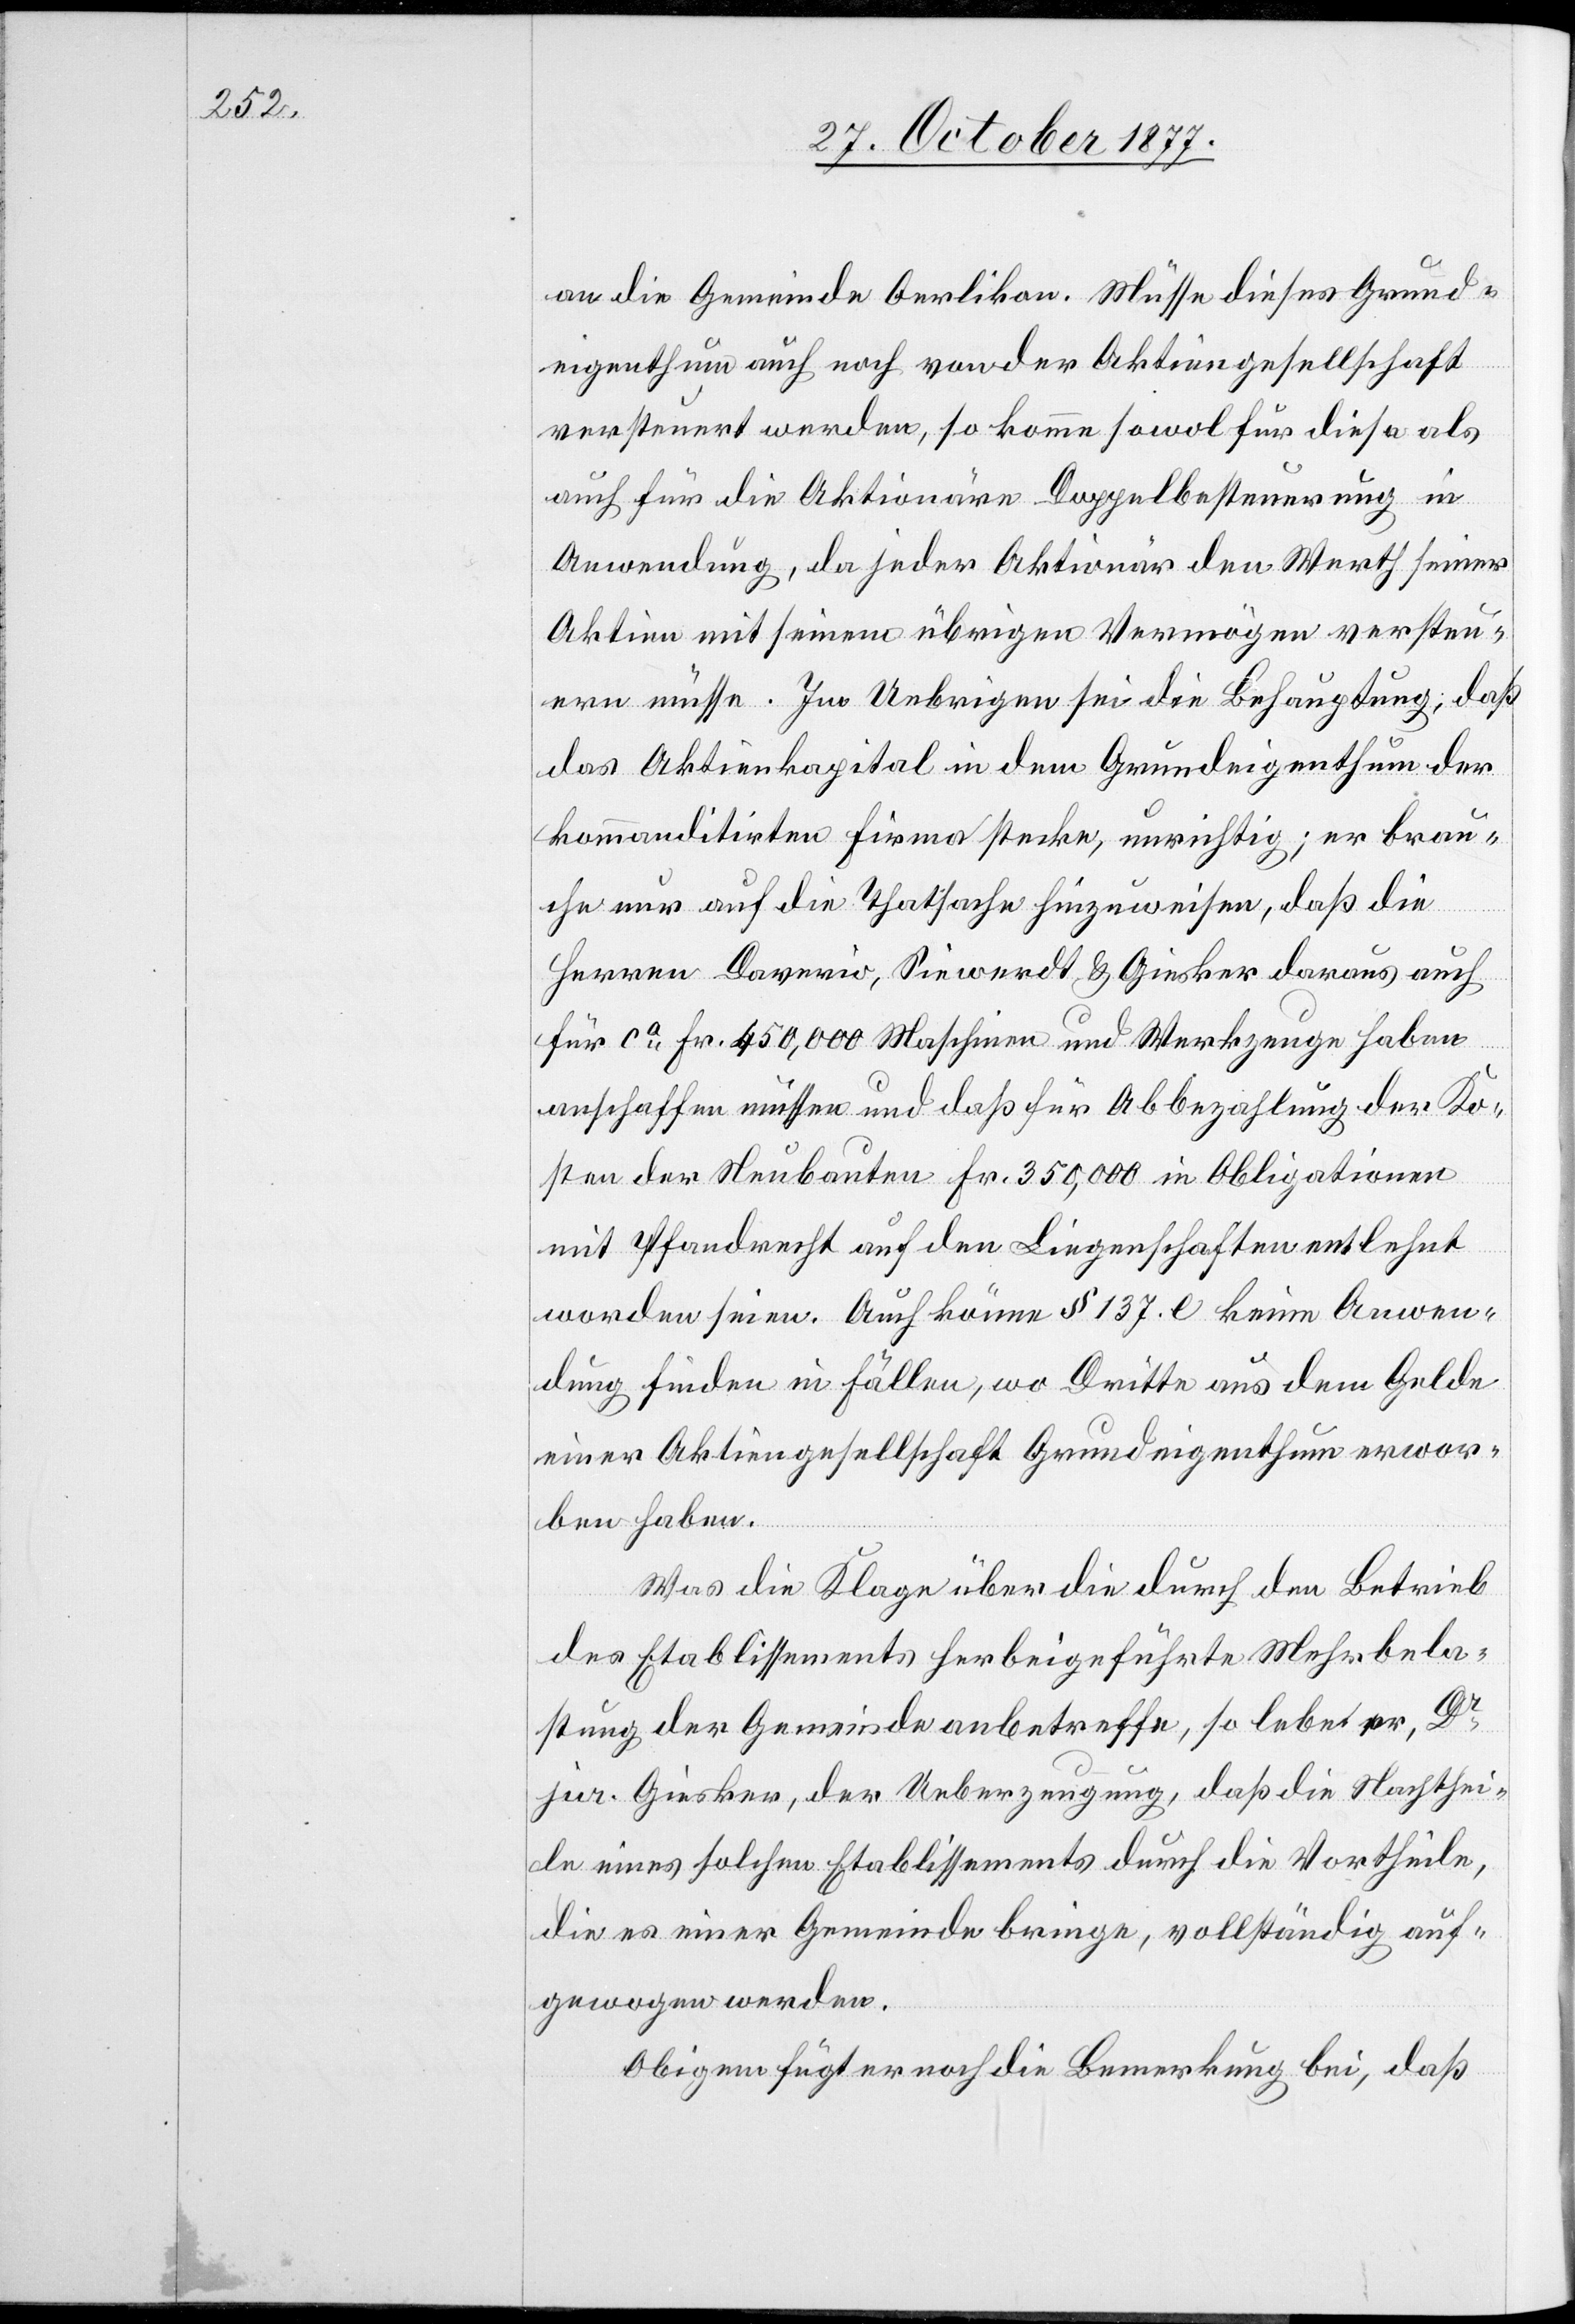
an die Gemeinde Oerlikon. Müsse dieses Grund¬
eigenthum auch noch von der Aktiengesellschaft
versteuert werden, so komme sowol für diese als
auch für die Aktionäre Doppelbesteuerung in
Anwendung, da jeder Aktionär den Werth seiner
Aktien mit seinem übrigen Vermögen versteu¬
ern müsse. Im Uebrigen sei die Behauptung, daß
das Aktienkapital in dem Grundeigenthum der
kommanditirten Firma stecke, unrichtig; er brau¬
che nur auf die Thatsache hinzuweisen, daß die
Herren Daverio, Siewerdt & Giesker daraus auch
für ca Fr. 450,000 Maschinen und Werkzeuge haben
anschaffen müssen und daß für Abbezahlung der Ko¬
sten der Neubauten Fr. 350,000 in Obligationen
mit Pfandrecht auf den Liegenschaften entlehnt
worden seien. Auch könne § 137. e keine Anwen¬
dung finden in Fällen, wo Dritte aus dem Gelde
einer Aktiengesellschaft Grundeigenthum erwor¬
ben haben.
Was die Klage über die durch den Betrieb
des Etablissements herbeigeführte Mehrbela¬
stung der Gemeinde anbetreffe, so lebe er, Dr
jur. Giesker, der Ueberzeugung, daß die Nachthei¬
le eines solchen Etablissements durch die Vortheile,
die es einer Gemeinde bringe, vollständig auf¬
gewogen werden.
Obigem fügt er noch die Bemerkung bei, daß